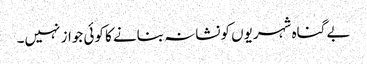
بے گناہ شہریوں کونشانہ بنانے کا کوئی جواز نہیں۔